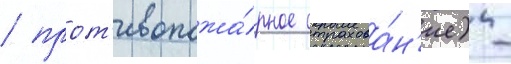
/ прот'ивопожа́рное страхова́н'ие) -